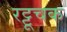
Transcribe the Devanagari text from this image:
रट्टूचक